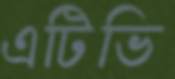
এটিভি